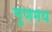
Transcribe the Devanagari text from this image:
मुणमय